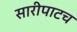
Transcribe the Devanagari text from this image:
सारीपाटच